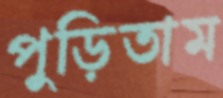
পুড়িতাম